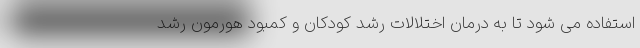
استفاده می شود تا به درمان اختلالات رشد کودکان و کمبود هورمون رشد